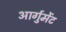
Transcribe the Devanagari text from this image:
आर्गुमेंट